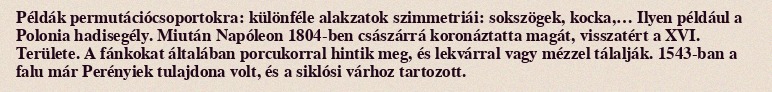
Példák permutációcsoportokra: különféle alakzatok szimmetriái: sokszögek, kocka,… Ilyen például a Polonia hadisegély. Miután Napóleon 1804-ben császárrá koronáztatta magát, visszatért a XVI. Területe. A fánkokat általában porcukorral hintik meg, és lekvárral vagy mézzel tálalják. 1543-ban a falu már Perényiek tulajdona volt, és a siklósi várhoz tartozott.